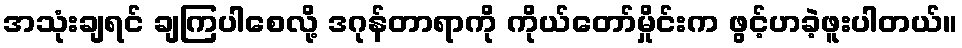
အသုံးချရင် ချကြပါစေလို့ ဒဂုန်တာရာကို ကိုယ်တော်မှိုင်းက ဖွင့်ဟခဲ့ဖူးပါတယ်။